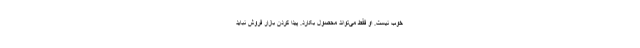
خوب نیست. او فقط می‌تواند محصول بکارد. پیدا کردن بازار فروش نباید